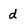
Character: d